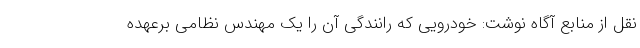
نقل از منابع آگاه نوشت: خودرویی که رانندگی آن را یک مهندس نظامی برعهده